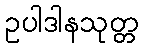
ဥပါဒါနသုတ္တ